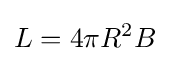
L=4\pi R^{2}B